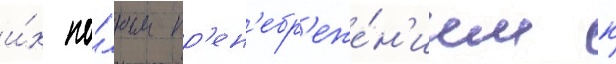
и́х по́лным пр'ен'ебр'еже́н'ием к